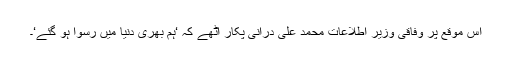
اس موقع پر وفاقی وزیر اطلاعات محمد علی درانی پکار اٹھے کہ ‘ہم بھری دنیا میں رسوا ہو گئے‘۔